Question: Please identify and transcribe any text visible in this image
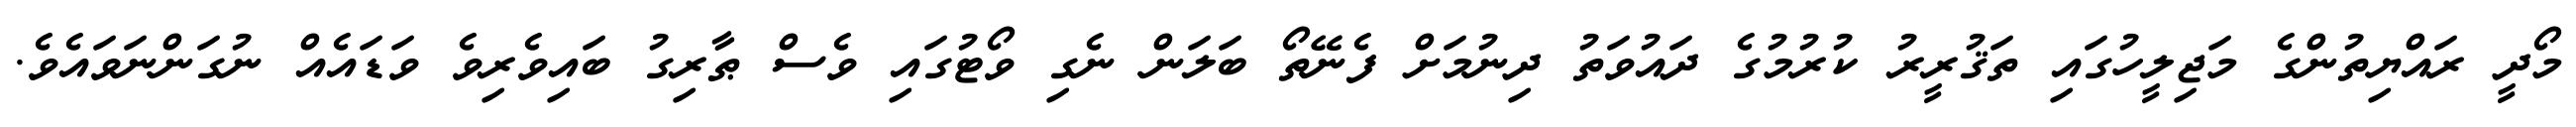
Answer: މޯދީ ރައްޔިތުންގެ މަޖިލީހުގައި ތަޤުރީރު ކުރުމުގެ ދައުވަތު ދިނުމަށް ފެނޭތޯ ބަލަން ނެގި ވޯޓުގައި ވެސް ޠާރިގު ބައިވެރިވެ ވަޑައެއް ނުގަންނަވައެވެ.